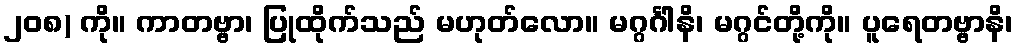
၂၀၈) ကို။ ကာတဗ္ဗာ၊ ပြုထိုက်သည် မဟုတ်လော။ မဂ္ဂင်္ဂါနိ၊ မဂ္ဂင်တို့ကို။ ပူရေတဗ္ဗာနိ၊